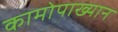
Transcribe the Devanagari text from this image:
कामोपाख्यान